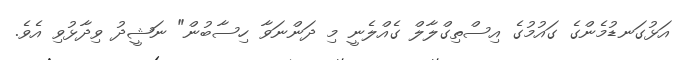
އަޅުގަނޑުމެންގެ ގައުމުގެ އިސްތިގްލާލް ގެއްލެނީ މި ދަންނަވާ ހިސާބުން" ނަޝީދު ވިދާޅުވި އެވެ.